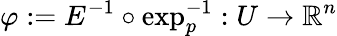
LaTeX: \varphi:=E^{-1}\circ\exp_{p}^{-1}:U\rightarrow\mathbb{R}^{n}